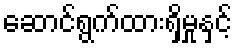
ဆောင်ရွက်ထားရှိမှုနှင့်